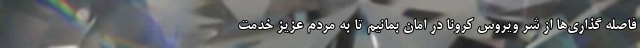
فاصله گذاری‌ها از شر ویروس کرونا در امان بمانیم تا به مردم عزیز خدمت